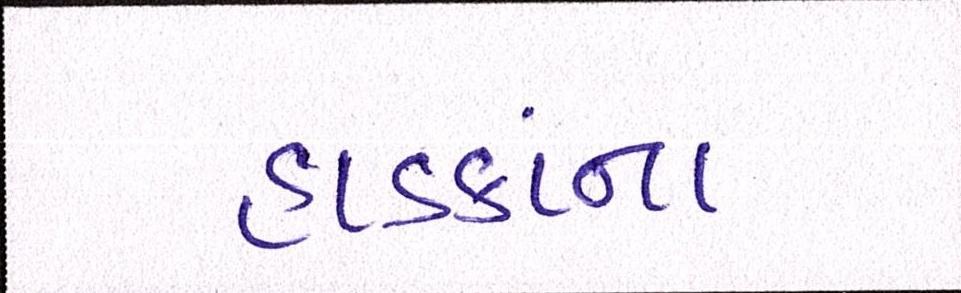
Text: હાડકાંના